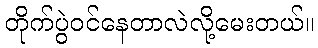
တိုက်ပွဲဝင်နေတာလဲလို့မေးတယ်။